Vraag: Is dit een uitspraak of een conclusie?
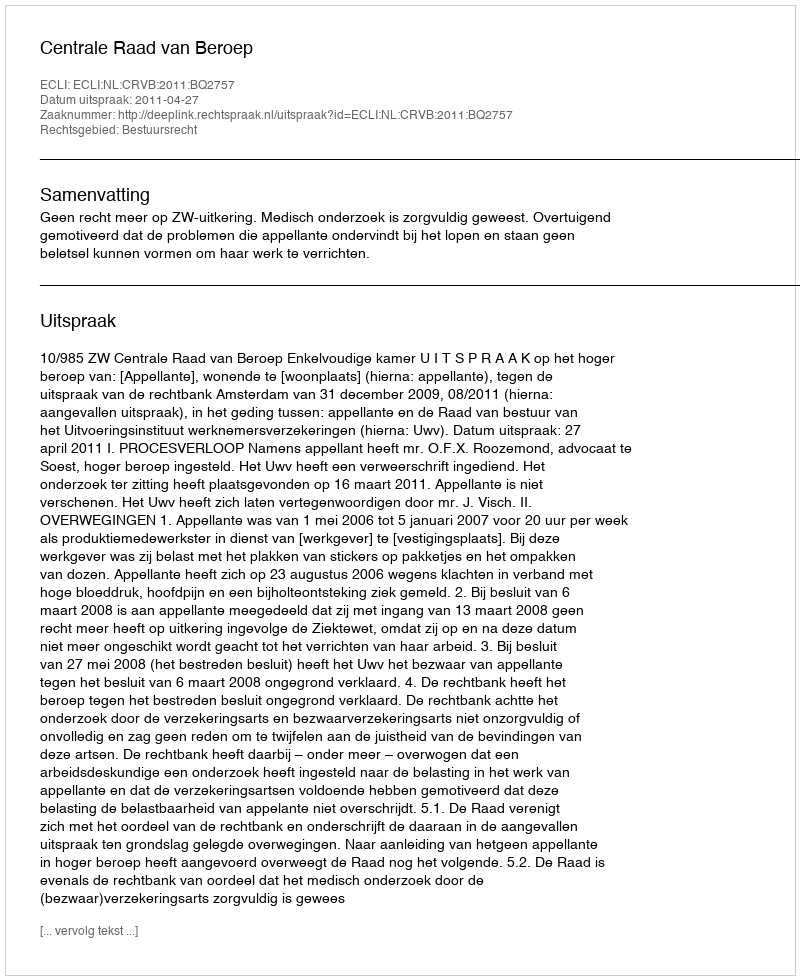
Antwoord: Uitspraak